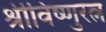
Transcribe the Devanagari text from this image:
श्रीविष्णुरत्न